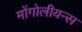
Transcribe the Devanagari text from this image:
मोंगोलीयन्स